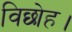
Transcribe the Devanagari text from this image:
विछोह।